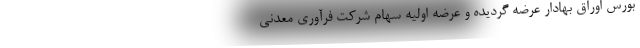
بورس اوراق بهادار عرضه گردیده و عرضه اولیه سهام شرکت فرآوری معدنی